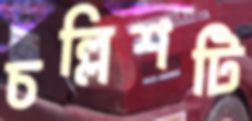
চল্লিশটি